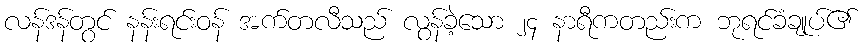
လန်ဒန်တွင် နန်းရင်းဝန် အက်တလီသည် လွန်ခဲ့သော ၂၄ နာရီကတည်းက ဘုရင်ခံချုပ်၏